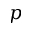
p